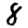
Digit: 8